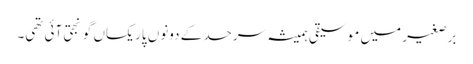
برصغیر میں موسیقی ہمیشہ سرحد کے دونوں پار یکساں گونجتی آئی تھی۔